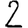
Digit: 2